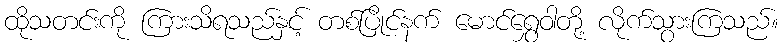
ထိုသတင်းကို ကြားသိရသည်နှင့် တစ်ပြိုင်နက် မောင်ရွှေဝါတို့ လိုက်သွားကြသည်။